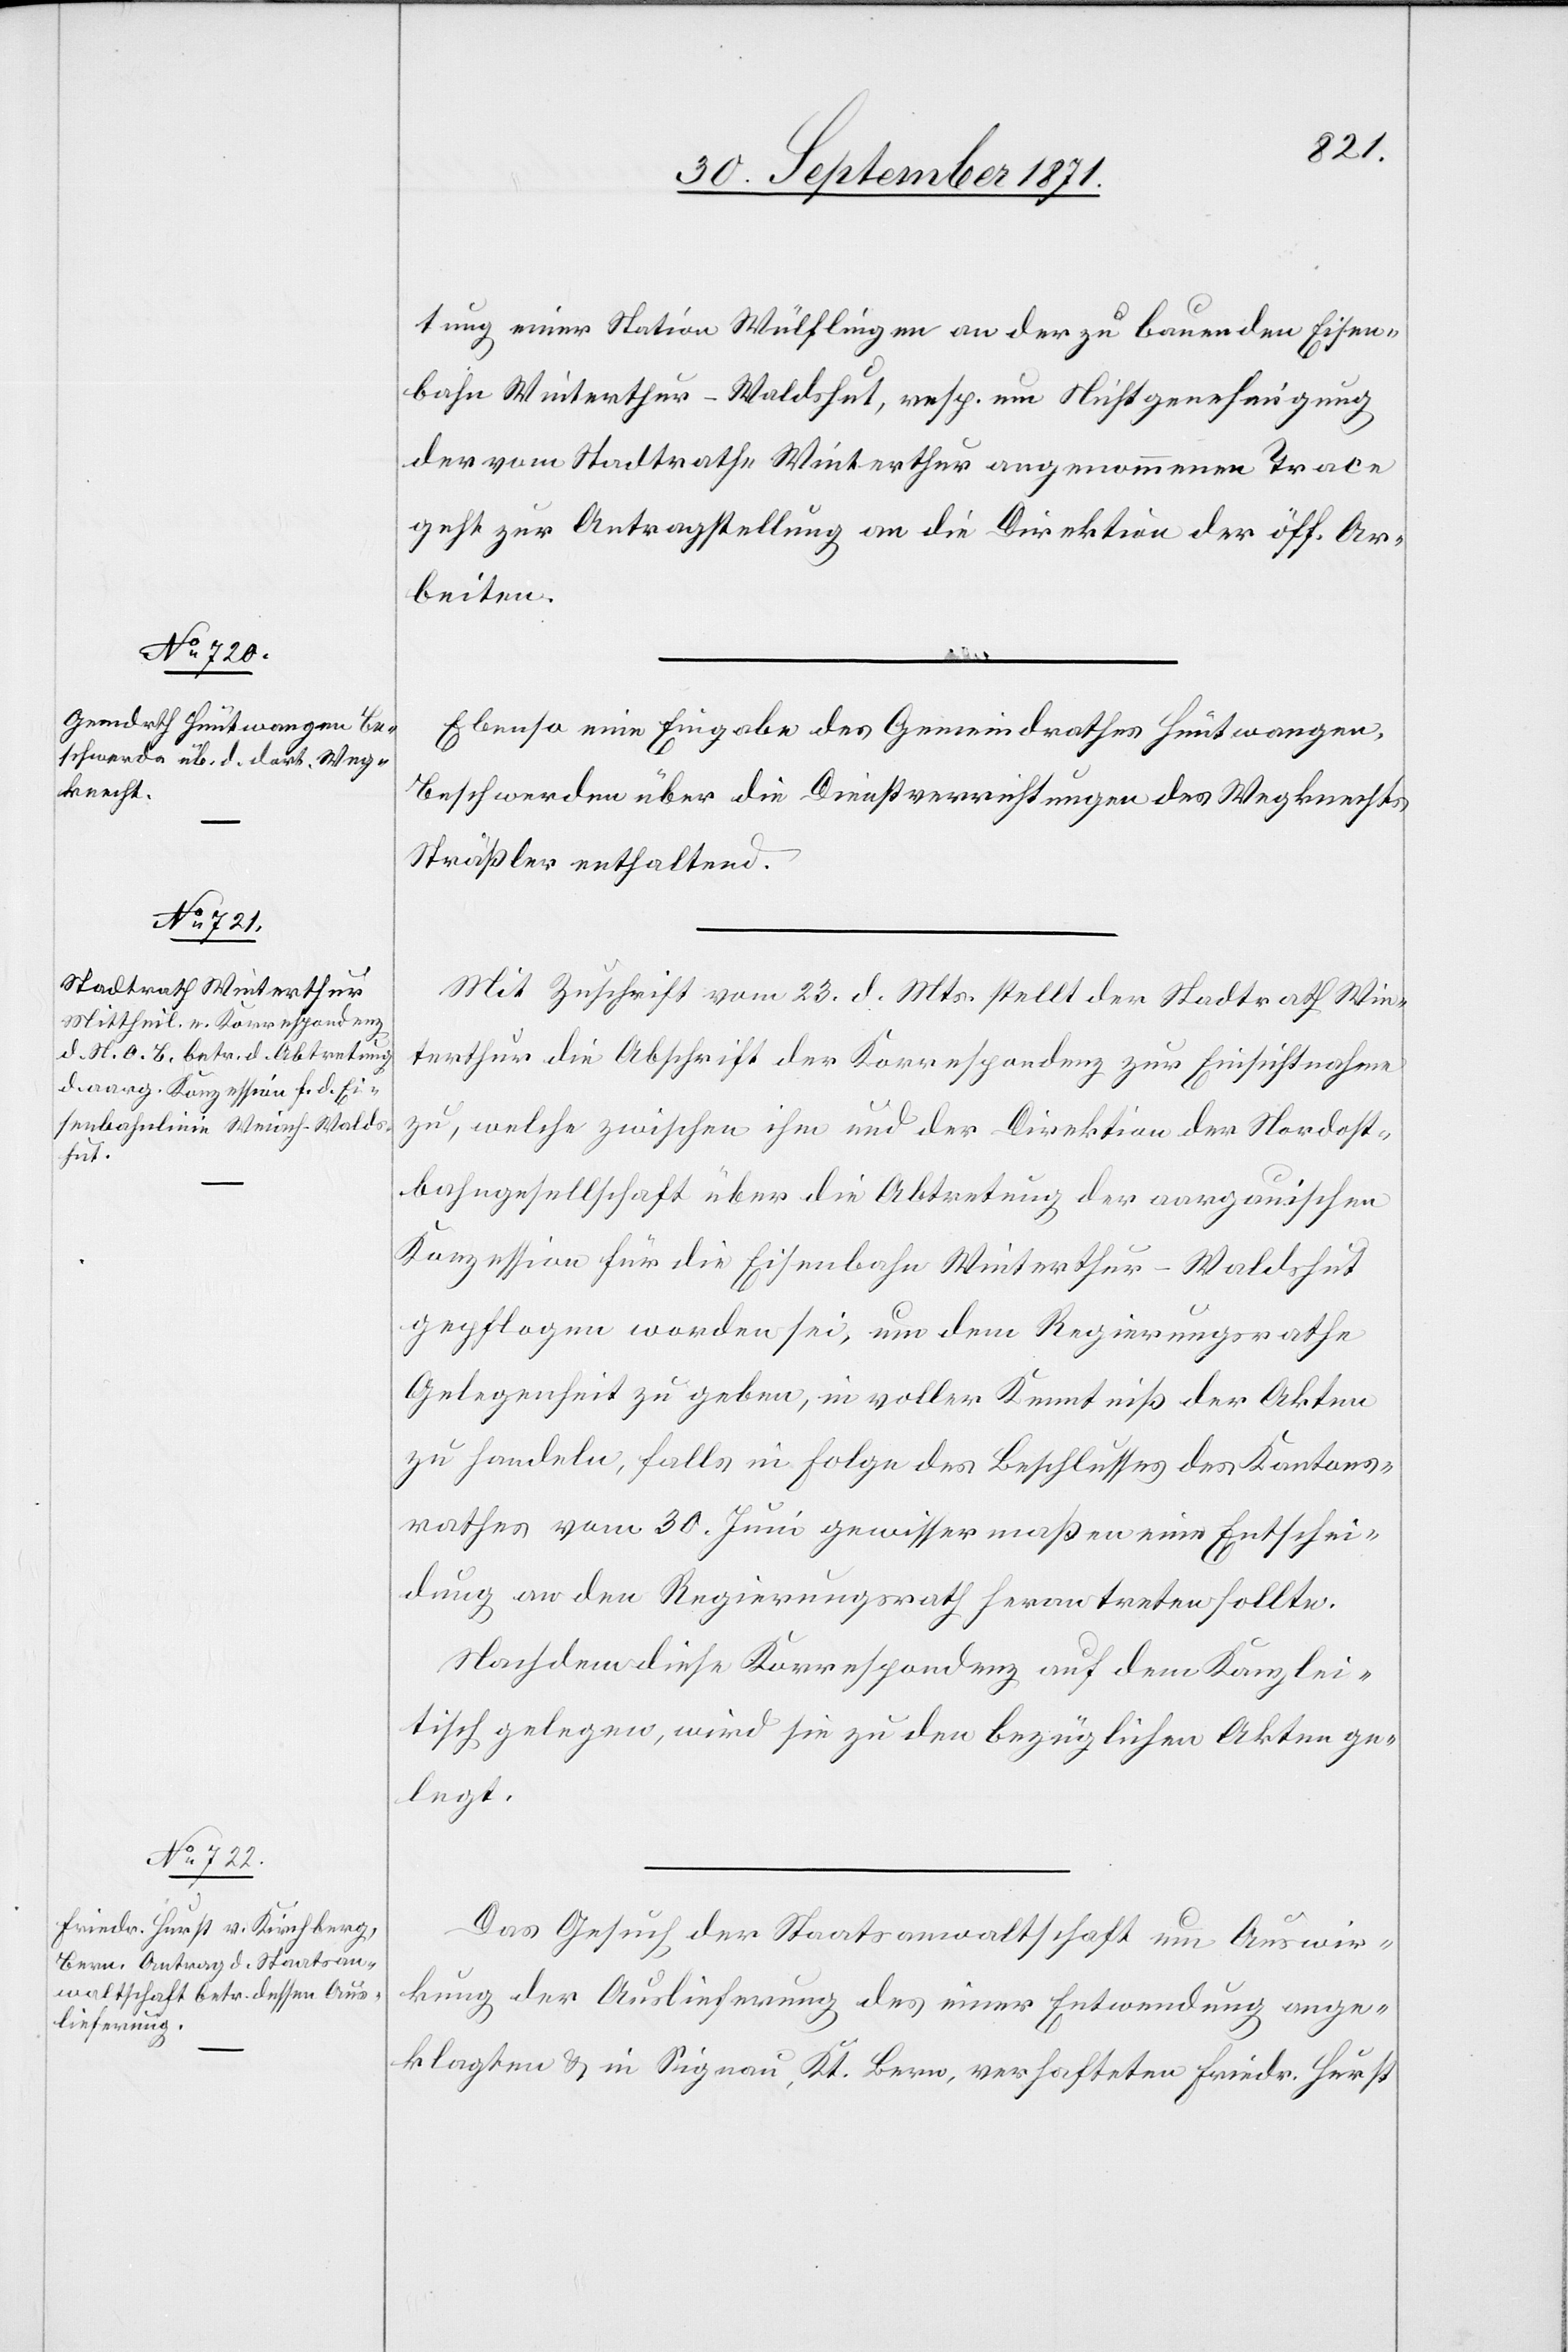
30. September 1871.]
tung einer Station Wülflingen an der zu bauenden Eisen¬
bahn Winterthur–Waldshut, resp. um Nichtgenehmigung
der vom Stadtrath Winterthur angenommenen Trace
geht zur Antragstellung an die Direktion der öff. Ar¬
beiten.
Ebenso eine Eingabe des Gemeindrathes Hüntwangen,
Beschwerde über die Dienstverrichtungen des Wegknechts
Sträßer enthaltend.
Mit Zuschrift vom 23. d. Mts. stellt der Stadtrath Win¬
terthur die Abschrift der Korrespondenz zur Einsichtnahme
zu, welche zwischen ihm und der Direktion der Nordost¬
bahngesellschaft über die Abtretung der aargauischen
Konzession für die Eisenbahn Winterthur–Waldshut
gepflogen worden sei, um dem Regierungsrathe
Gelegenheit zu geben, in voller Kenntniß der Akten
zu handeln, falls in Folge des Beschlusses des Kantons¬
rathes vom 30. Juni gewissermaßen eine Entschei¬
dung an den Regierungsrath heran treten sollte.
Nachdem diese Korrespondenz auf dem Kanzlei¬
tisch gelegen, wird sie zu den bezüglichen Akten ge¬
legt.
Das Gesuch der Staatsanwaltschaft um Auswir¬
kung der Auslieferung des einer Entwendung ange¬
klagten & in Signau, Kt. Bern, verhafteten Friedr. Hurst